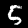
Label: 5